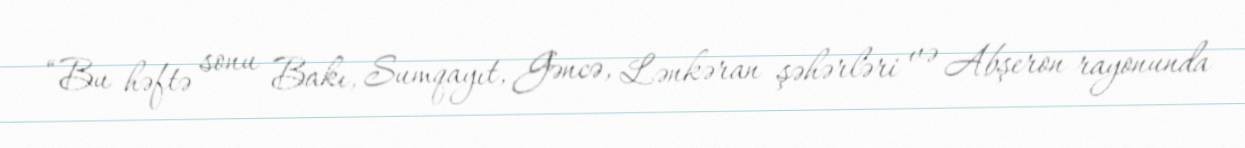
“Bu həftə sonu Bakı, Sumqayıt, Gəncə, Lənkəran şəhərləri və Abşeron rayonunda